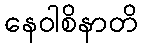
နေဝါစိနာတိ